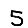
Digit: 5